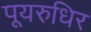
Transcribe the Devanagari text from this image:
पूयरुधिर